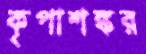
কৃপাশঙ্কর